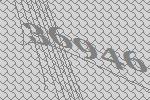
36946